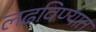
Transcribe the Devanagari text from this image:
लढविण्यात